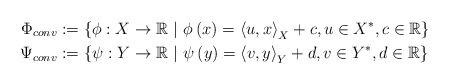
\begin{align*}\Phi_{conv} & :=\left\{ \phi:X\to\mathbb{R}\ |\ \phi\left(x\right) =\left\langle u,x\right\rangle_X +c,u\in X^*, c\in \mathbb{R} \right\} \\\Psi_{conv} & :=\left\{ \psi:Y\to\mathbb{R}\ |\ \psi\left(y\right) =\left\langle v,y\right\rangle_Y +d,v\in Y^*, d\in \mathbb{R} \right\}\end{align*}